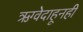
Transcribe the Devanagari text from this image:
ऋग्वेदाहूनही